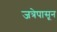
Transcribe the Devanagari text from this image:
जत्रेपासून